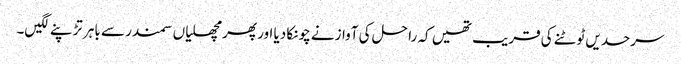
سرحدیں ٹوٹنے کی قریب تھیں کہ را حل کی آوازنے چونکا دیا اور پھر مچھلیاں سمندر سے باہر تڑپنے لگیں۔